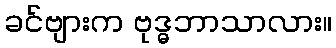
ခင်ဗျားက ဗုဒ္ဓဘာသာလား။